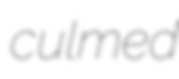
culmed